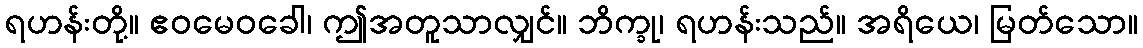
ရဟန်းတို့။ ဧဝမေဝခေါ၊ ဤအတူသာလျှင်။ ဘိက္ခု၊ ရဟန်းသည်။ အရိယေ၊ မြတ်သော။